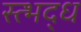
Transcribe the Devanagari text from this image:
स्त्भद्ध